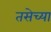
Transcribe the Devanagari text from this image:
तसेच्या